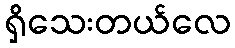
ရှိသေးတယ်လေ